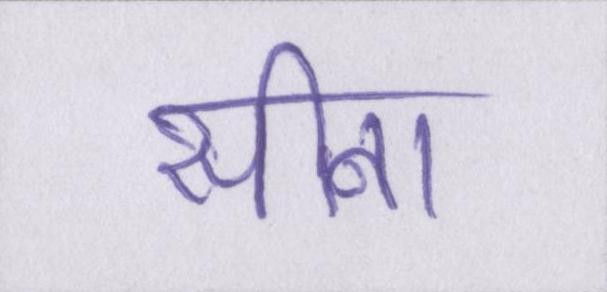
सीना